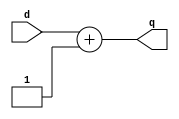
`timescale 1 ns/1 ns

/* 
 * INC - Incrementor
 */
module INC #(parameter P_DATA = 8) (d, q);

input [P_DATA-1:0] d;
output [P_DATA-1:0] q;

assign q = d + 1;

endmodule

`ifdef TEST
module tb_INC;

localparam P_D = 4;

reg [P_D-1:0] d;
wire [P_D-1:0] q;

INC #(P_D) dut (d, q);

integer i;

initial begin

    $dumpfile("trace_inc.vcd");
    $dumpvars(0, dut);

    for(i = 0; i < 20; i++) begin
        d = i;
        #1;
    end
end

endmodule
`endif